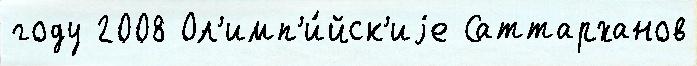
году 2008 Ол'имп'и́йск'иjе Саттарханов